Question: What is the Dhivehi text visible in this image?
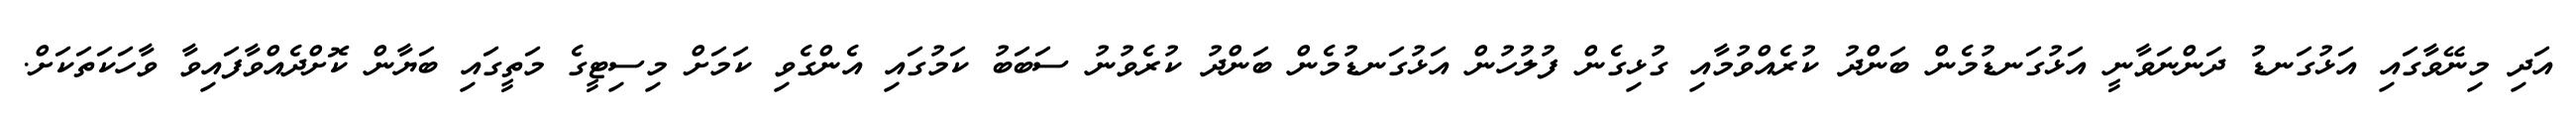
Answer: އަދި މިނޭވާގައި އަޅުގަނޑު ދަންނަވާނީ އަޅުގަނޑުމެން ބަންދު ކުރެއްވުމާއި ގުޅިގެން ފުލުހުން އަޅުގަނޑުމެން ބަންދު ކުރެވުނު ސަބަބު ކަމުގައި އެންގެވި ކަމަށް މިސިޓީގެ މަތީގައި ބަޔާން ކޮށްދެއްވާފައިވާ ވާހަކަތަކަށް.